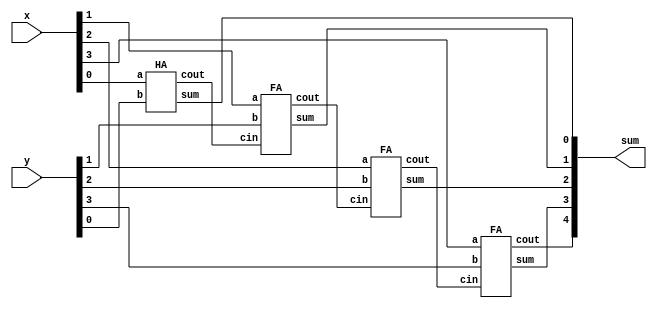
module top_module (
    input [3:0] x,
    input [3:0] y, 
    output [4:0] sum);
    
    wire [3:0] cout;
 	
    HA HA0(x[0],y[0],cout[0],sum[0]);
    FA FA1(x[1],y[1],cout[0],cout[1],sum[1]);
    FA FA2(x[2],y[2],cout[1],cout[2],sum[2]);
    FA FA3(x[3],y[3],cout[2],sum[4],sum[3]);

endmodule

module FA( 
    input a, b, cin,
    output cout, sum );
    
    assign sum = a^b^cin;
    assign cout = (a&b)|(a&cin)|(b&cin);
endmodule

module HA( 
    input a, b,
    output cout, sum );
    
    assign sum = a^b;
    assign cout = a&b;
endmodule